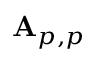
\mathbf { A } _ { p , p }